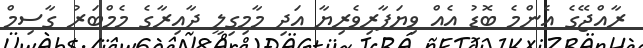
ރާއްޖޭގެ އެންމެ ބޮޑު އެއް ވިޔަފާރިވެރިޔާ އަދި މާމިގިލީ ދާއިރާގެ މެމްބަރު ގާސިމް